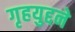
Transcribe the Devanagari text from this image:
गृहयुद्दने